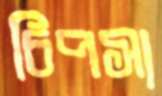
চিপসা